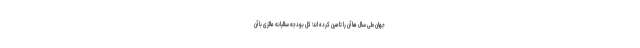
جهان طی سال ها آن را تامین کرده اند؛ کل بودجه سالیانه مالزی با آن